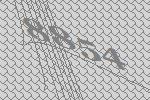
8854